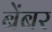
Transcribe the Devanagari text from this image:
बेंबर